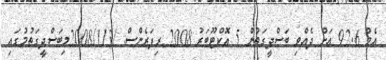
އެމް 92.6 އަށް ދެއްވި ބަސްދީގަތުން 5 އޮކްޓޫބަރު 2008 ރިފަރެންސް: /2008/113މިބަސްދީގަތުމުގައި